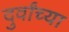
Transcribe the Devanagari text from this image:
दुर्वांच्या